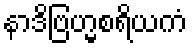
နာဒိဗြဟ္မစရိယကံ